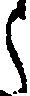
郎